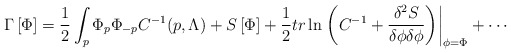
\begin{align*}\Gamma \left[ \Phi \right] =\frac{1}{2}\int_{p}\Phi _{p}\Phi_{-p}C^{-1}(p,\Lambda )+S\left[ \Phi \right] +\frac{1}{2}{tr}\ln \left.\left( C^{-1}+\frac{\delta ^{2}S}{\delta \phi \delta \phi }\right) \right|_{\phi =\Phi }+\cdots\end{align*}